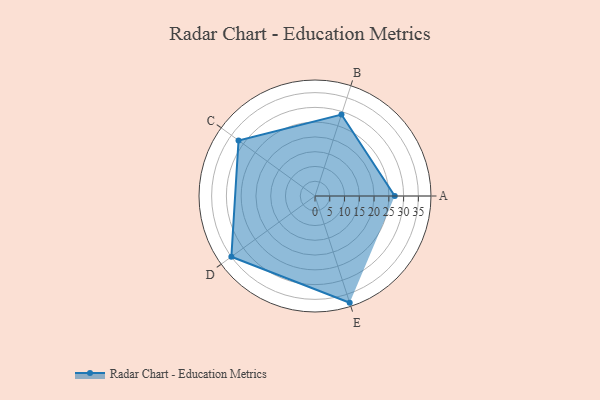
{"axis": {"x": "Skill", "y": "Score"}, "legend": ["Profile"], "data": [{"x": "A", "y": 27.0, "type": "Profile"}, {"x": "B", "y": 29.0, "type": "Profile"}, {"x": "C", "y": 32.0, "type": "Profile"}, {"x": "D", "y": 35.0, "type": "Profile"}, {"x": "E", "y": 38.0, "type": "Profile"}]}